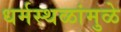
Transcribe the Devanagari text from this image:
धर्मस्थळांमुळे